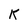
Character: K